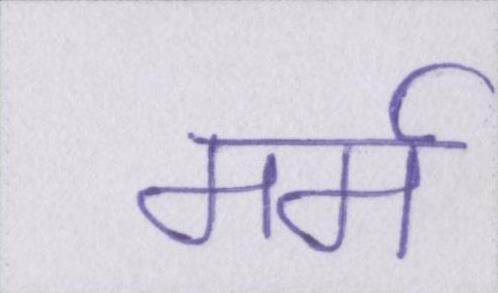
मर्म